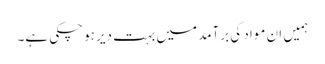
ہمیں ان مواد کی برآمد میں بہت دیر ہوچکی ہے۔